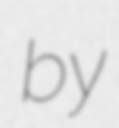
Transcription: by